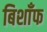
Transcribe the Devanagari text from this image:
बिशाँफ